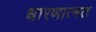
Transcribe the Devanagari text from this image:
धारणात्मत